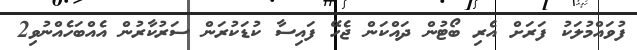
ފުވައްމުލަކު ފަރަށް އެރި ބޯޓުން ދައްކަން ޖެހޭ ފައިސާ ކުޑަކުރަން ސަރުކާރުން އެއްބަހެއްނުވި2